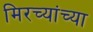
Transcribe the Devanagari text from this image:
मिरच्यांच्या